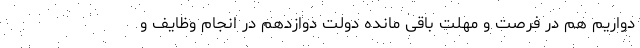
دواریم هم در فرصت و مهلت باقی مانده دولت دوازدهم در انجام وظایف و